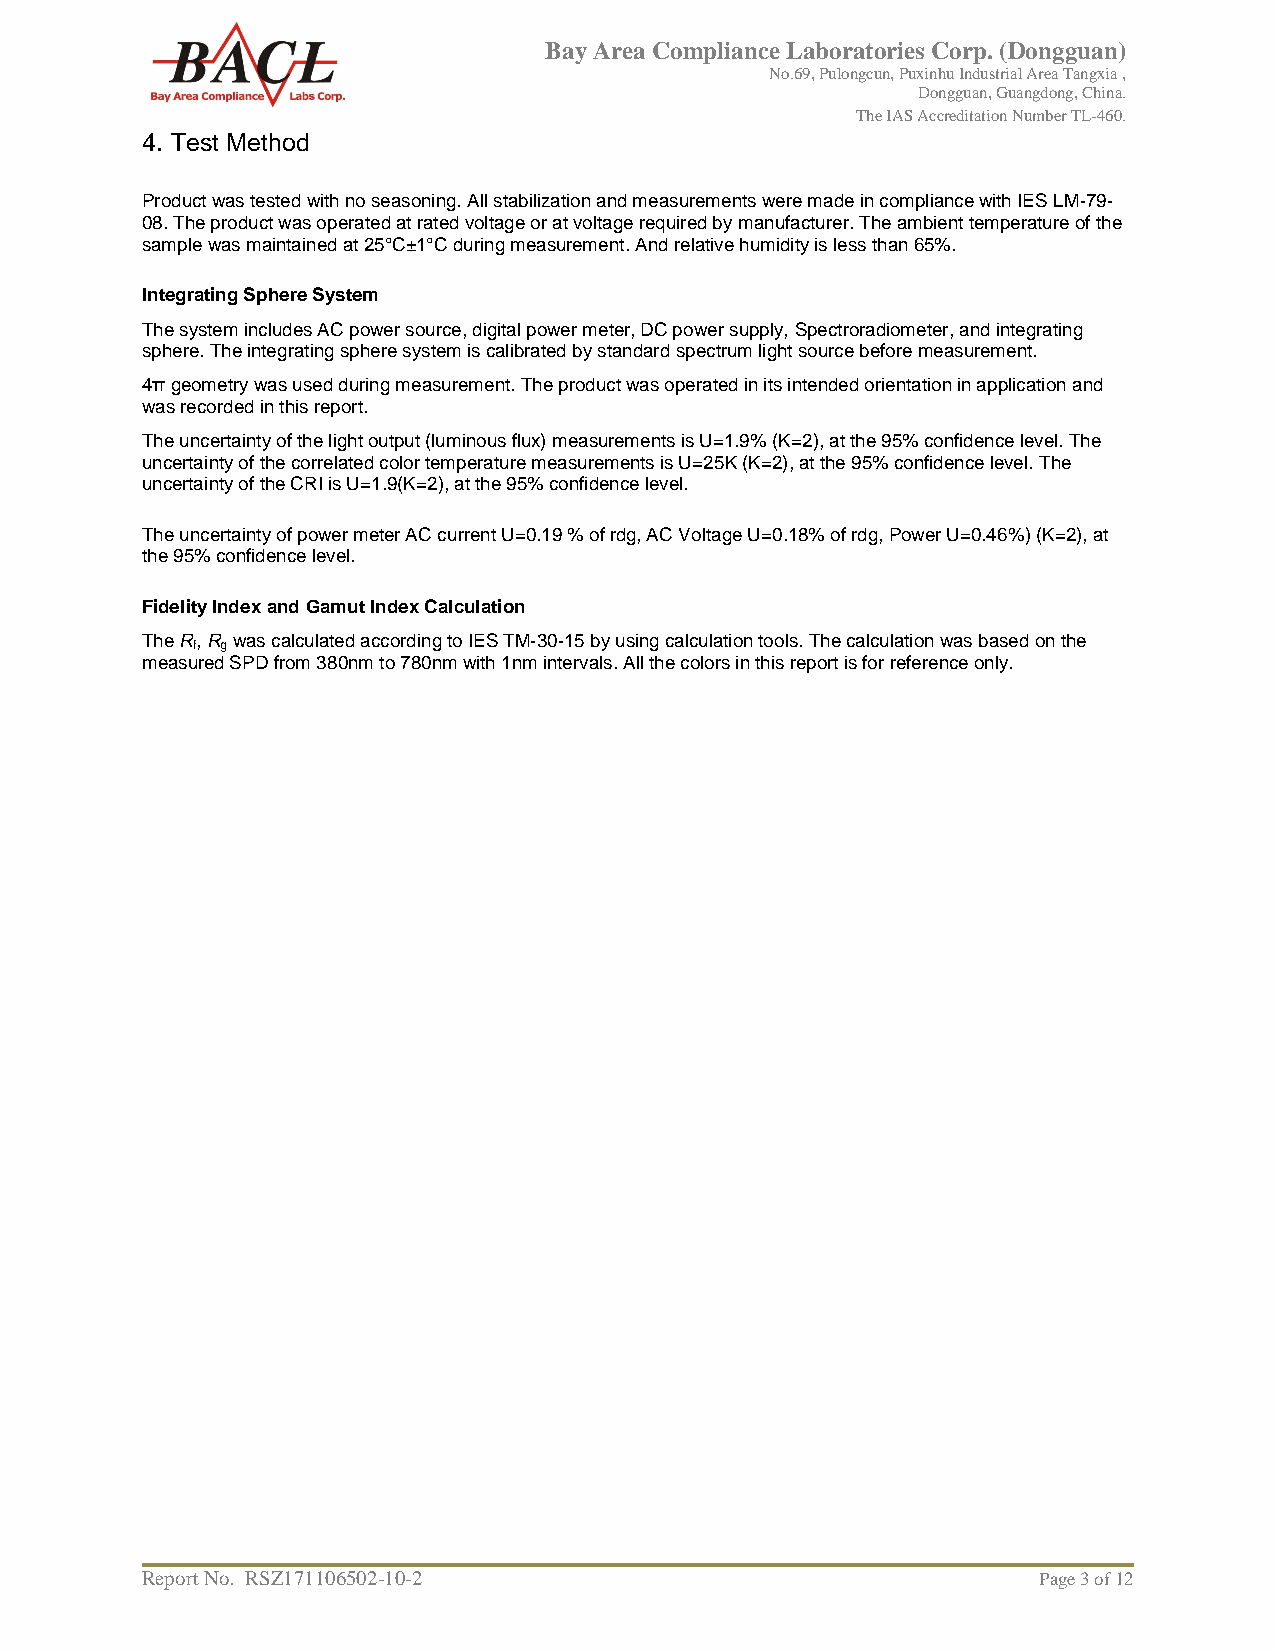
Bay Area Compliance Laboratories Corp. (Dongguan)
 No.69, Pulongcun, Puxinhu Industrial Area Tangxia ,
 Dongguan, Guangdong, China.
 The IAS Accreditation Number TL-460.
 4. Test Method
 Product was tested with no seasoning. All stabilization and measurements were made in compliance with IES LM-79-
 08. The product was operated at rated voltage or at voltage required by manufacturer. The ambient temperature of the
 sample was maintained at 25°C±1°C during measurement. And relative humidity is less than 65%.
 Integrating Sphere System
 The system includes AC power source, digital power meter, DC power supply, Spectroradiometer, and integrating
 sphere. The integrating sphere system is calibrated by standard spectrum light source before measurement.
 4π geometry was used during measurement. The product was operated in its intended orientation in application and
 was recorded in this report.
 The uncertainty of the light output (luminous flux) measurements is U=1.9% (K=2), at the 95% confidence level. The
 uncertainty of the correlated color temperature measurements is U=25K (K=2), at the 95% confidence level. The
 uncertainty of the CRI is U=1.9(K=2), at the 95% confidence level.
 The uncertainty of power meter AC current U=0.19 % of rdg, AC Voltage U=0.18% of rdg, Power U=0.46%) (K=2), at
 the 95% confidence level.
 Fidelity Index and Gamut Index Calculation
 The R, R was calculated according to IES TM-30-15 by using calculation tools. The calculation was based on the
 f g
 measured SPD from 380nm to 780nm with 1nm intervals. All the colors in this report is for reference only.
 Report No. RSZ171106502-10-2                                Page 3 of 12